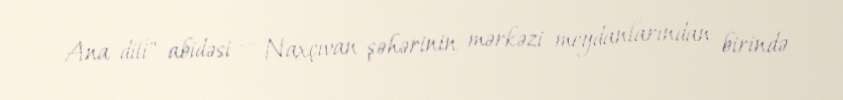
Ana dili" abidəsi — Naxçıvan şəhərinin mərkəzi meydanlarından birində